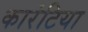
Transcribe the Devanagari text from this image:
कारंटिया